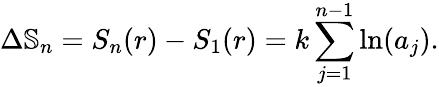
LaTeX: \Delta\mathbb{S}_{n}=S_{n}(r)-S_{1}(r)=k\sum_{j=1}^{n-1}\ln(a_{j}).